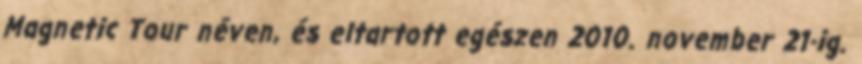
Magnetic Tour néven, és eltartott egészen 2010. november 21-ig.